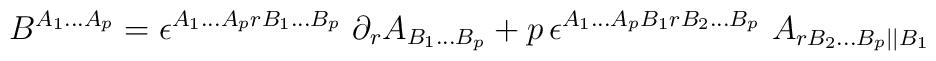
B^{A_1...A_p} = \epsilon^{A_1...A_prB_1...B_p}\ \partial_rA_{B_1...B_p} + p\, \epsilon^{A_1...A_pB_1rB_2...B_p}\ A_{rB_2...B_p||B_1}\